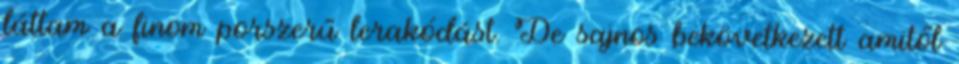
láttam a finom porszerű lerakódást. De sajnos bekövetkezett amitől